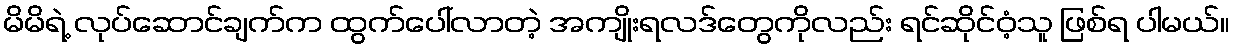
မိမိရဲ့ လုပ်ဆောင်ချက်က ထွက်ပေါ်လာတဲ့ အကျိုးရလဒ်တွေကိုလည်း ရင်ဆိုင်ဝံ့သူ ဖြစ်ရ ပါမယ်။